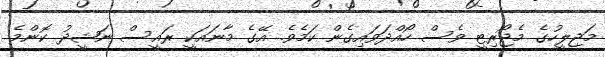
މަޖިލީހުގެ މެޖޯރިޓީ ވެސް ހޯއްދަވައިގެން ކަމެވެ. އޭގެ މާނައަކީ ރައީސް ނަޝީދު ކޮންމެ